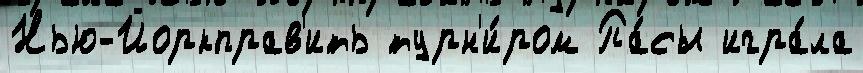
Нью-Йоркправ'ить турн'и́ром Па́сы игра́ла